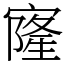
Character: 㝫